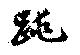
跳